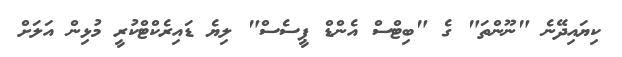
ކިޔައިދޭނެ "ނޫންތަ" ގެ "ބިޓްސް އެންޑް ޕީސެސް" ލިޔެ ޑައިރެކްޓްކުރީ މުޅިން އަލަށް